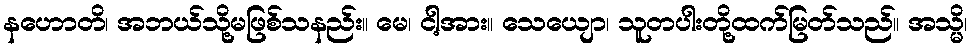
နဟောတိ၊ အဘယ်သို့မဖြစ်သနည်း။ မေ၊ ငါ့အား။ သေယျော၊ သူတပါးတို့ထက်မြတ်သည်။ အသ္မိ၊